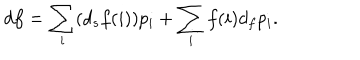
d f = \sum _ { i } ( d _ { s } f ( i ) ) p _ { i } + \sum _ { i } f ( i ) d _ { f } p _ { i } .